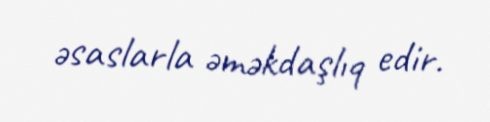
əsaslarla əməkdaşlıq edir.